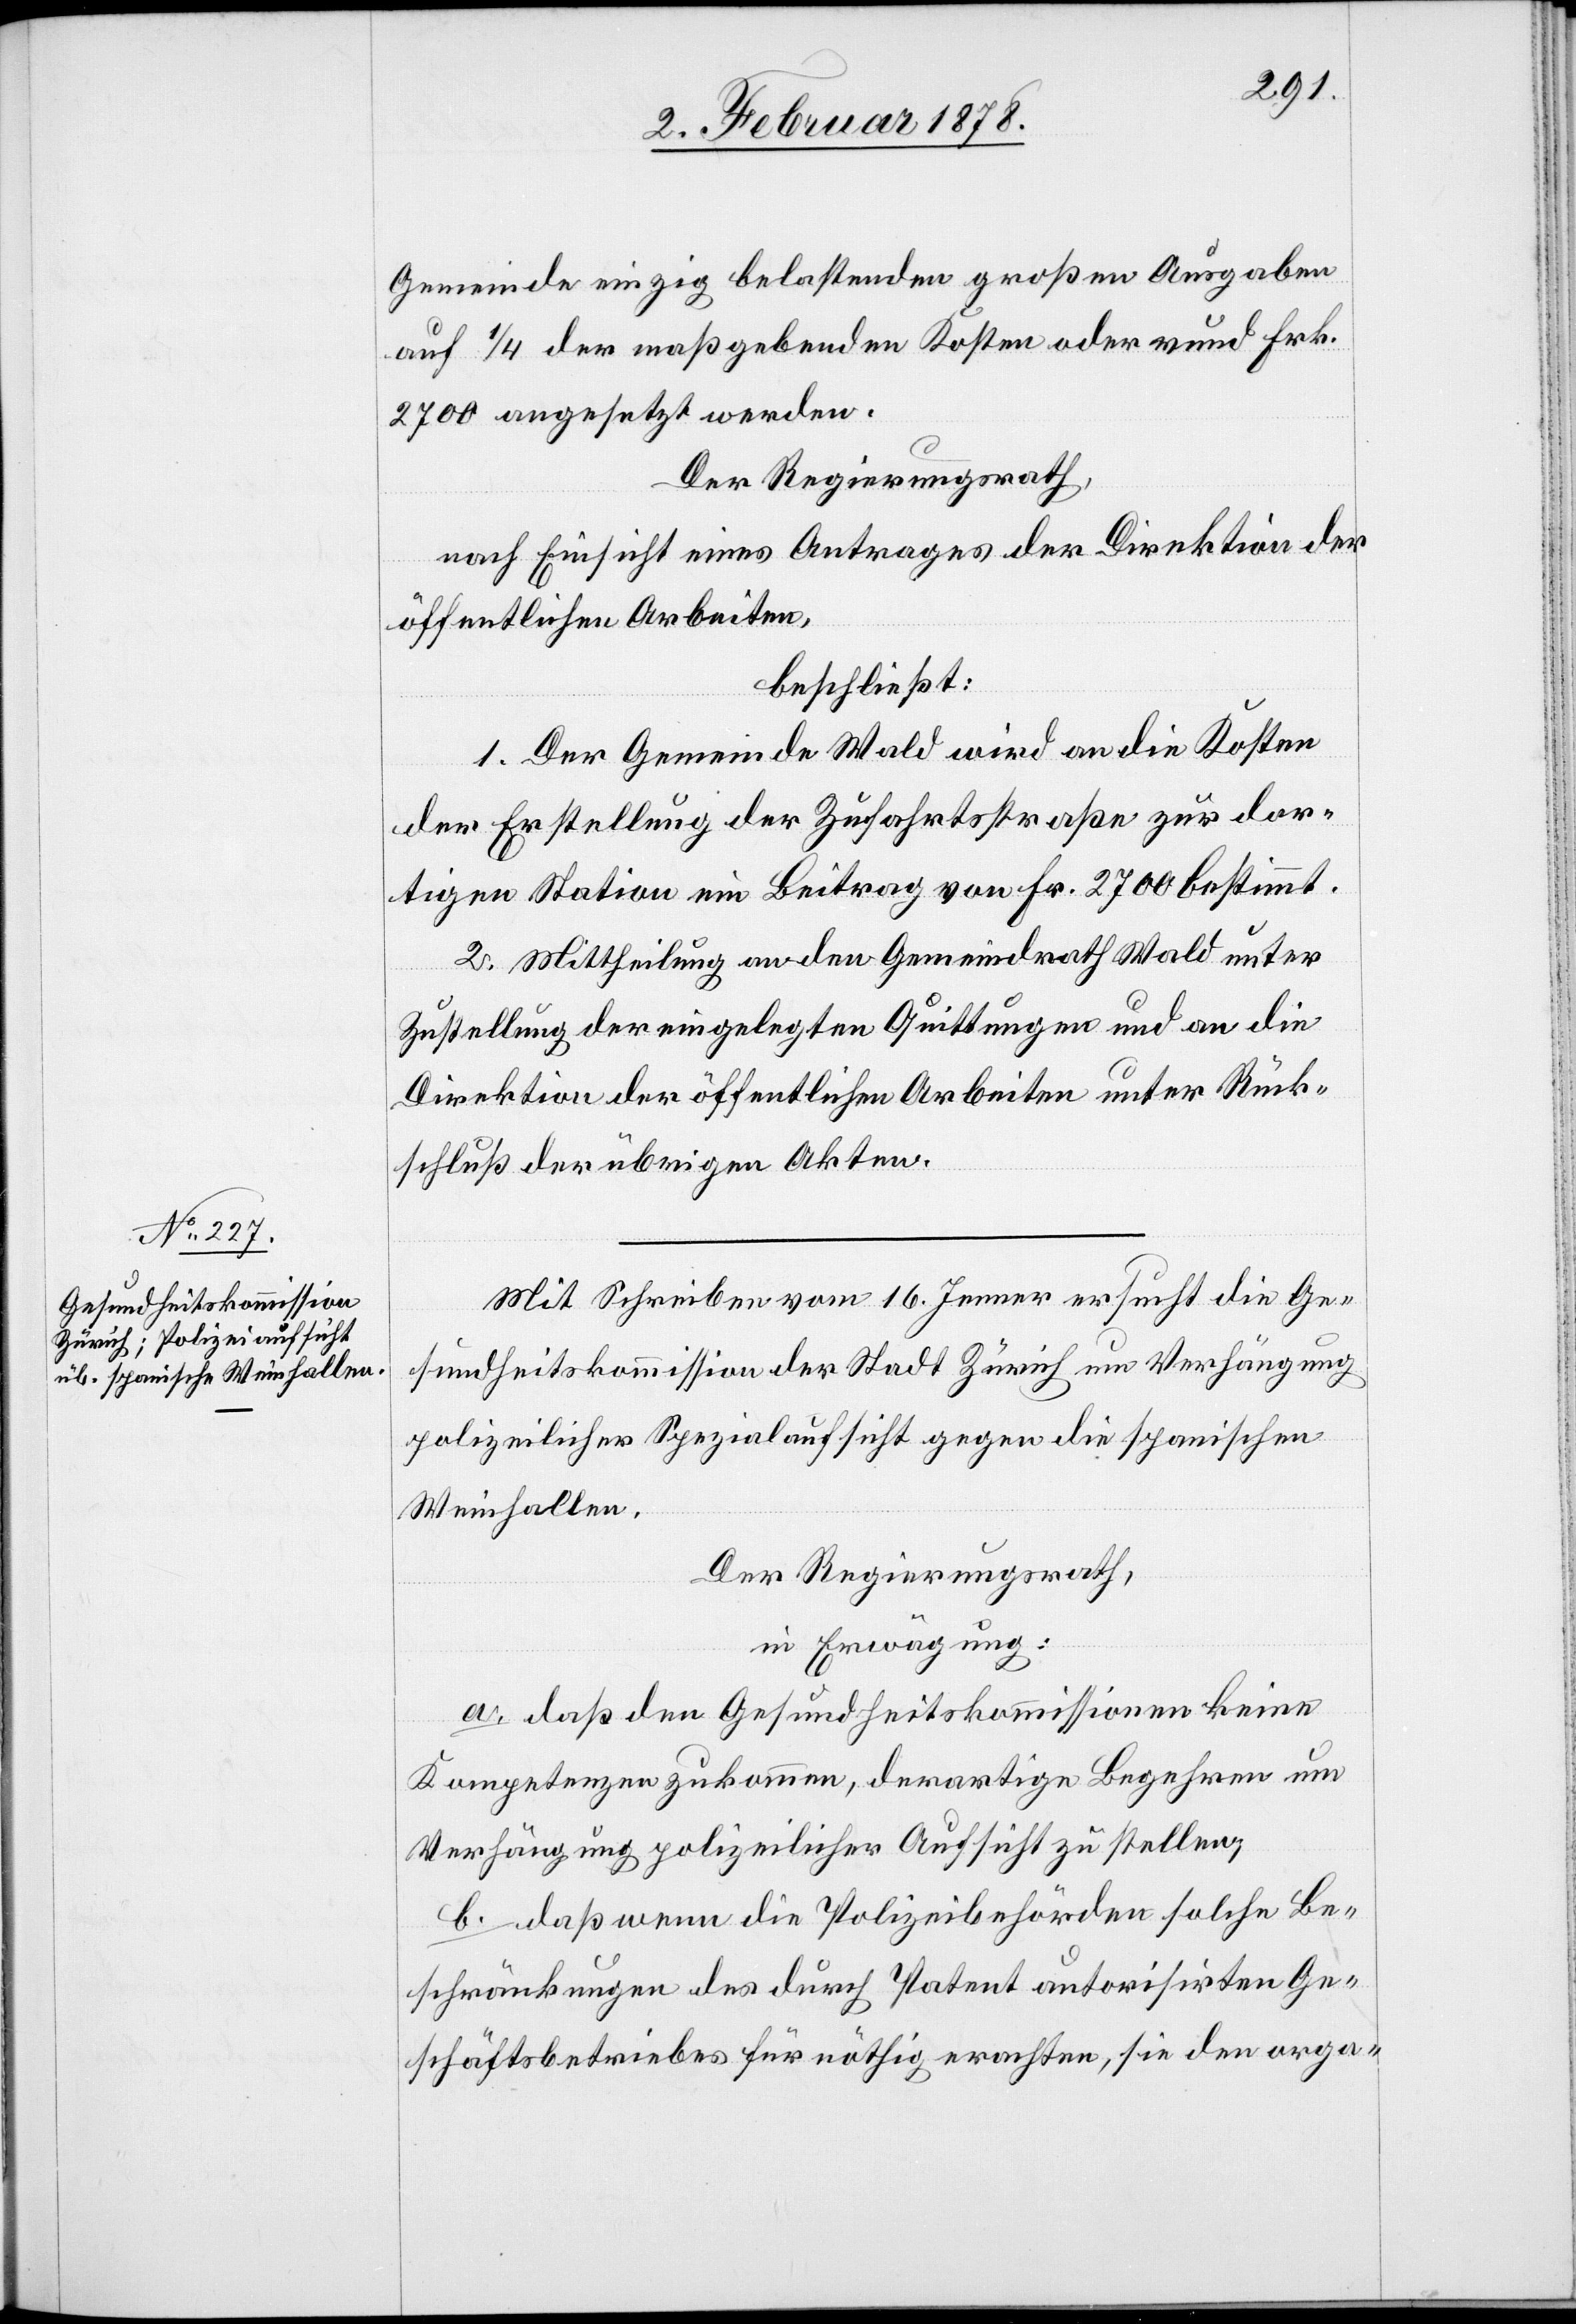
Gemeinde einzig belastenden großen Ausgaben
auf 1/4 der maßgebenden Kosten oder rund Frk.
2700 angesetzt werden.
Der Regierungsrath,
nach Einsicht eines Antrages der Direktion der
öffentlichen Arbeiten,
beschließt:
1. Der Gemeinde Wald wird an die Kosten
der Erstellung der Zufahrtsstraße zur dor¬
tigen Station ein Beitrag von Fr. 2700 bestimmt.
2. Mittheilung an den Gemeindrath Wald unter
Zustellung der eingelegten Quittungen und an die
Direktion der öffentlichen Arbeiten unter Rück¬
schluß der übrigen Akten.
Mit Schreiben vom 16. Jenner ersucht die Ge¬
sundheitskommission der Stadt Zürich um Verhängung
polizeilicher Spezialaufsicht gegen die spanischen
Weinhallen.
Der Regierungsrath,
in Erwägung:
a. daß den Gesundheitskommissionen keine
Kompetenzen zukommen, derartige Begehren um
Verhängung polizeilicher Aufsicht zu stellen,
b. daß wenn die Polizeibehörden solche Be¬
schränkungen des durch Patent autorisirten Ge¬
schäftsbetriebes für nöthig erachten, sie den orga-